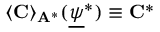
\langle \mathbf { C } \rangle _ { \mathbf { A } ^ { * } } ( \underline { { \psi } } ^ { * } ) \equiv \mathbf { C } ^ { * }